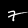
Label: 7